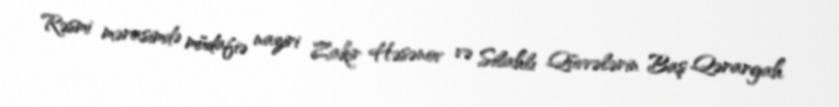
Rəsmi mərasimdə müdafiə naziri Zakir Həsənov və Silahlı Qüvvələrin Baş Qərargah